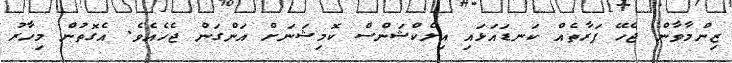
ޒިންމާވާން ޖެހޭ ފަރާތެއް ކަނޑައަޅައި އިލެކްޝަންސް ކޮމިޝަނަށް އަންގަން ޖެހެއެވެ. އެގޮތުން މިހާރު